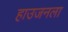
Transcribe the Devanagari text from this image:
हाउजनला